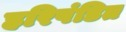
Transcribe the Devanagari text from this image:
हरिपंडित